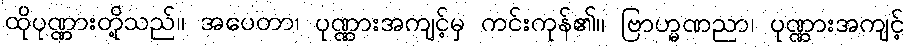
ထိုပုဏ္ဏားတို့သည်။ အပေတာ၊ ပုဏ္ဏားအကျင့်မှ ကင်းကုန်၏။ ဗြာဟ္မဏညာ၊ ပုဏ္ဏားအကျင့်